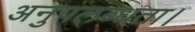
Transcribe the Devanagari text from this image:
अनुपलब्धता।